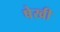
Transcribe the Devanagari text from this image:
षेखी